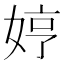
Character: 𫰳